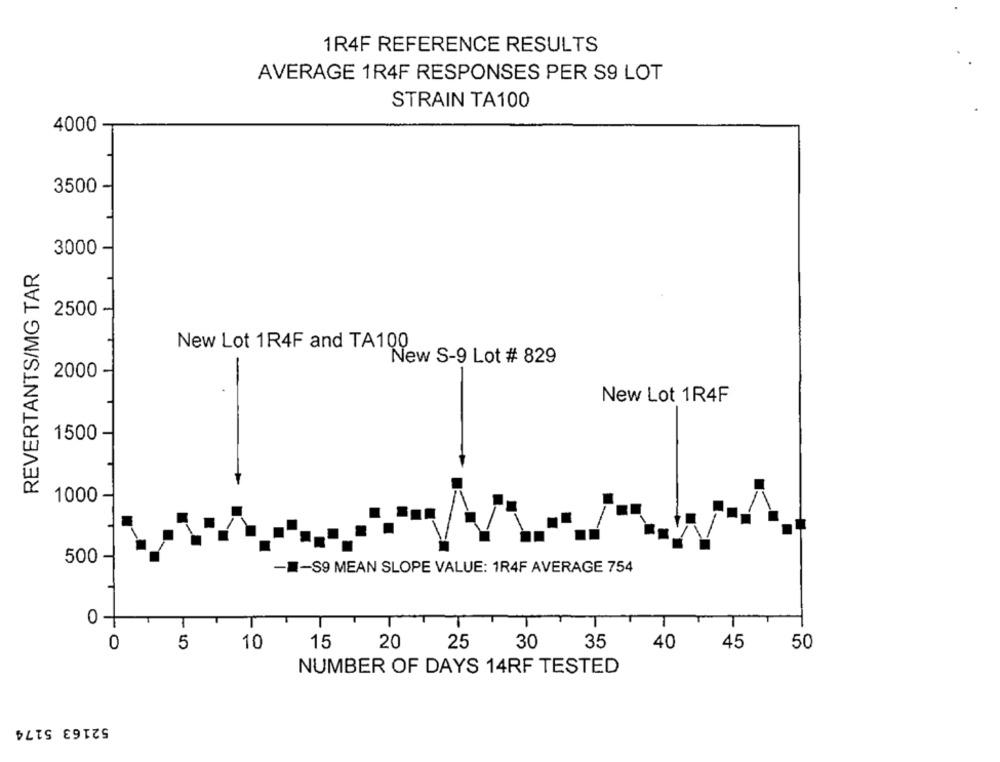
1R4F REFERENCE RESULTS
AVERAGE 1R4F RESPONSES PER S9 LOT
STRAIN TA100
4000
3500 -
3000
REVERTANTS/MG TAR
2500 -
2000
New Lot 1R4F and TA1 New S-9 Lot # 829
-
New Lot 1R4F
1500
1000
500
-- S9 MEAN SLOPE VALUE: 1R4F AVERAGE 754
0+
0
5
10
15
20
25
30
35
40
45
50
NUMBER OF DAYS 14RF TESTED
52163 5174